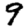
Digit: 9